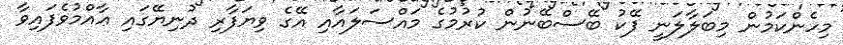
މިހެންކަމުން މިބަލާލަނީ ފޭކު ބޭސްބޭނުން ކުރުމުގެ މައްސަލައާއި އޭގެ ވިޔަފާރި ދުނިޔޭގައި ޢާއްމުވެފައިވާ